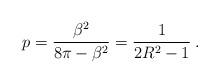
LaTeX: \begin{align*}\displaystyle p=\frac{\beta ^{2}}{8\pi -\beta ^{2}}=\frac{1}{2R^{2}-1}\: .\end{align*}